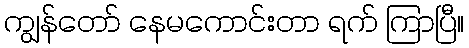
ကျွန်တော် နေမကောင်းတာ ရက် ကြာပြီ။